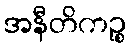
အနီတိကဉ္စ